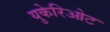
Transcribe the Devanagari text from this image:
युकेरिओट